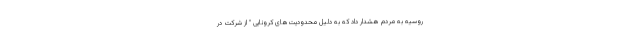
روسیه به مردم هشدار داد که به دلیل محدودیت‌های کرونایی " از شرکت در